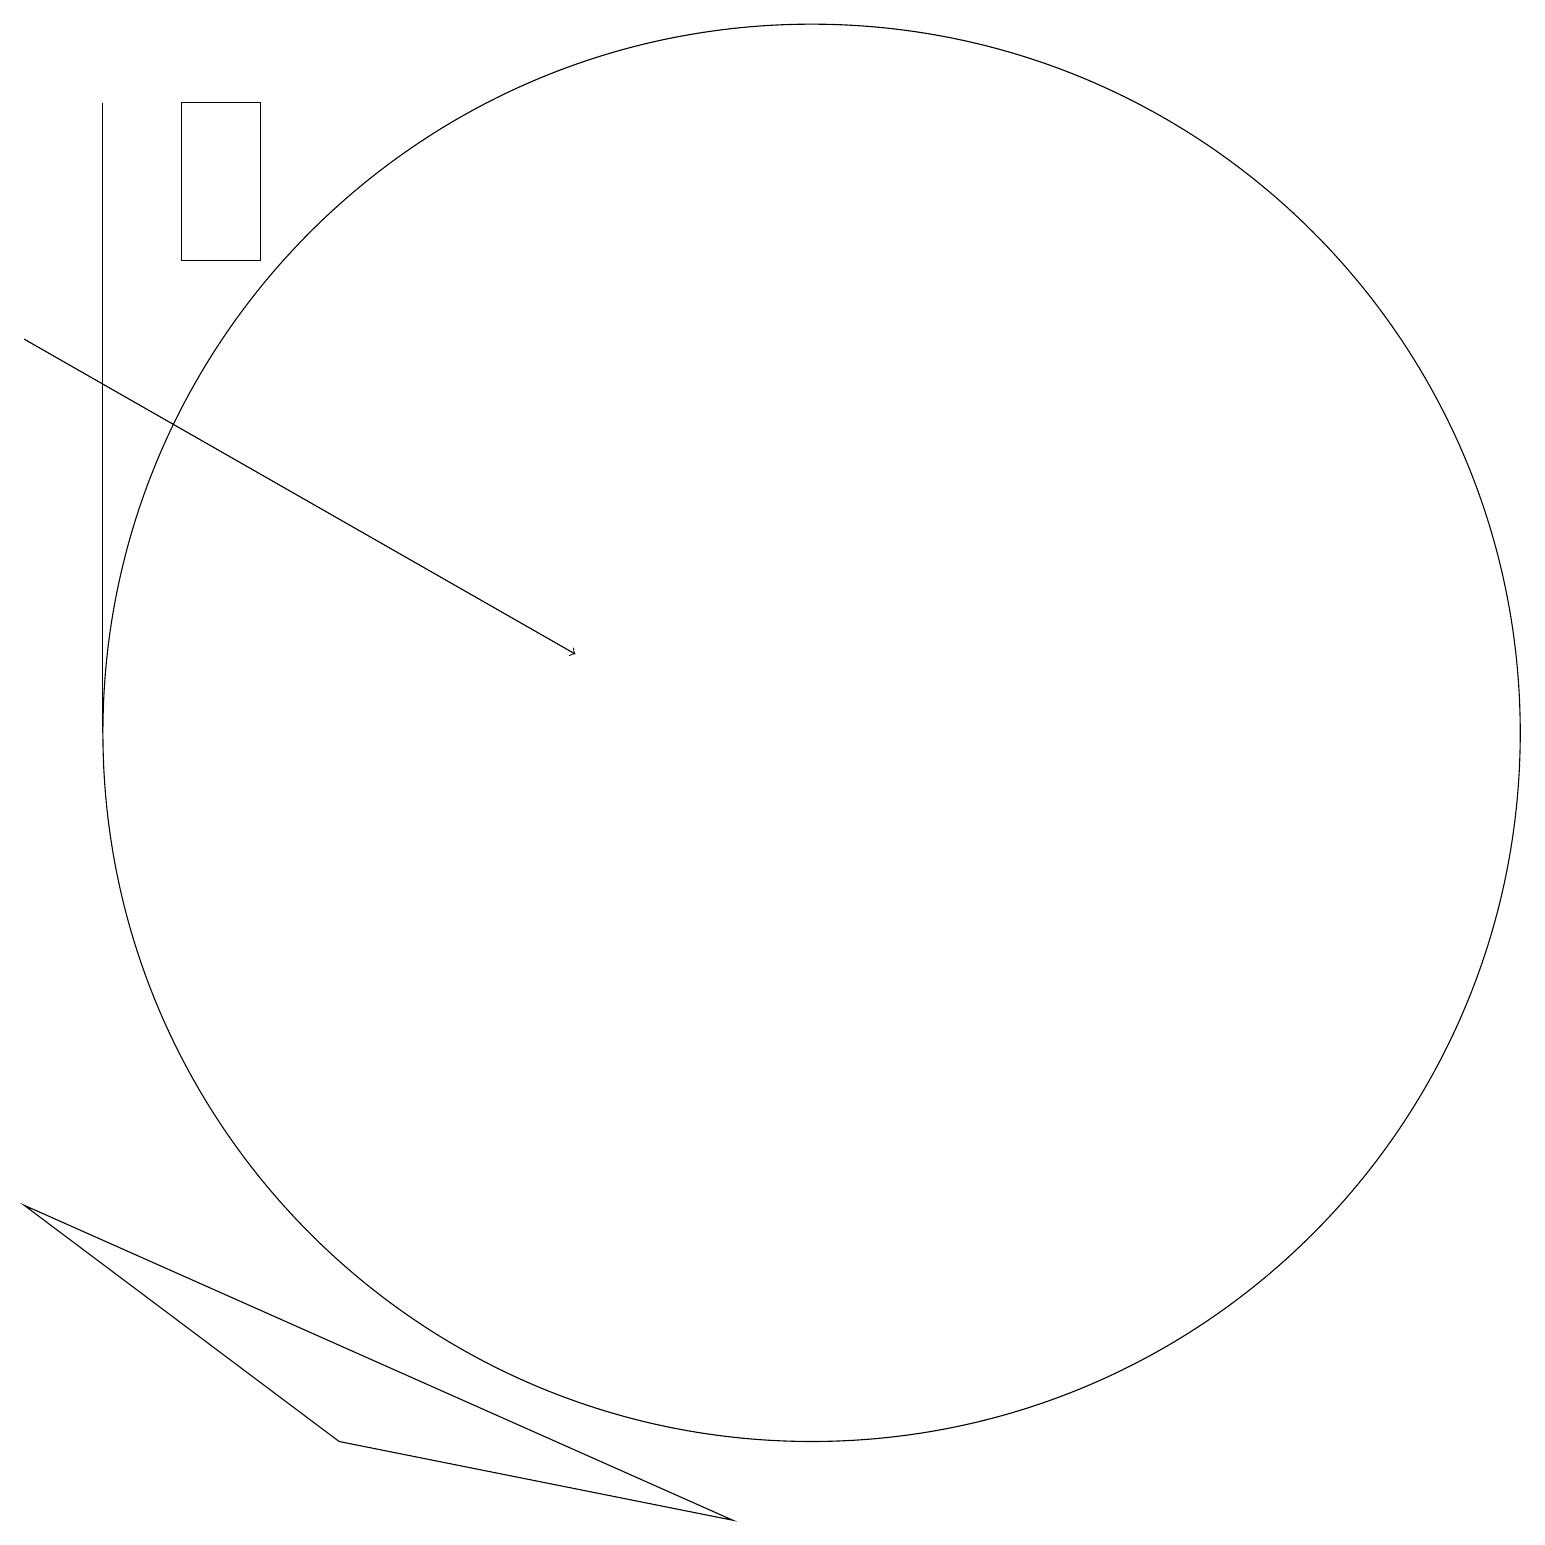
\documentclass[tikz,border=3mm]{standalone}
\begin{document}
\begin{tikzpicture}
\draw (1,18) rectangle (1,10);
\draw[->] (0,15) -- (7,11);
\draw (3,18) rectangle (2,16);
\draw (10,10) circle (9);
\draw (9,0) -- (0,4) -- (4,1) -- cycle;
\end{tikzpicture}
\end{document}